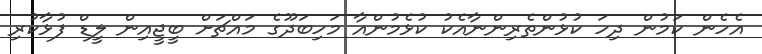
އެހެން ކަމުން ދިހަ ކުޅުންތެރިންނާއެކު ކުޅެމުންއާ މަހިބަދޫގެ މައްޗަށް ބީޖީއިން ލީޑް ފުޅާކުރި